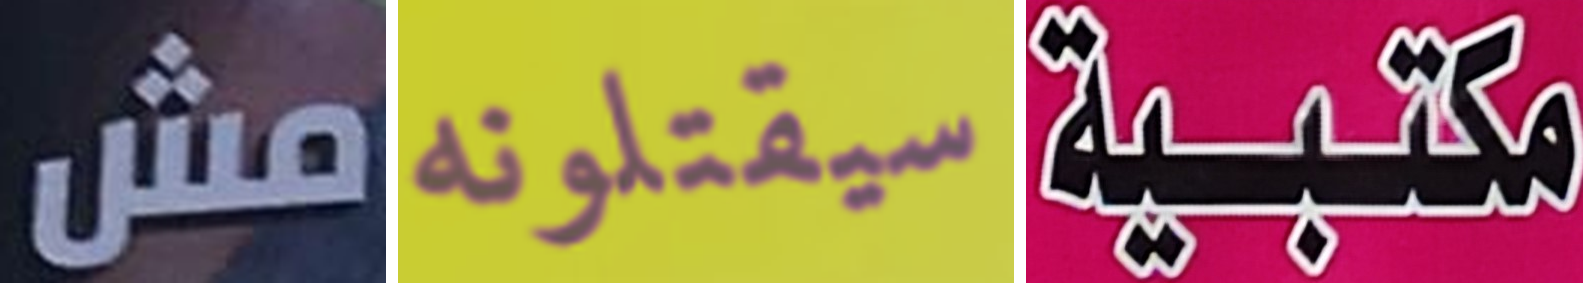
مش سيقتلونه مكتبية